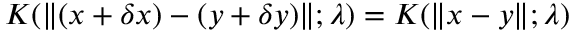
K ( \| ( x + \delta x ) - ( y + \delta y ) \| ; \lambda ) = K ( \| x - y \| ; \lambda )